Document type: Sale
Year: 1274
Scribe: [Unknown]
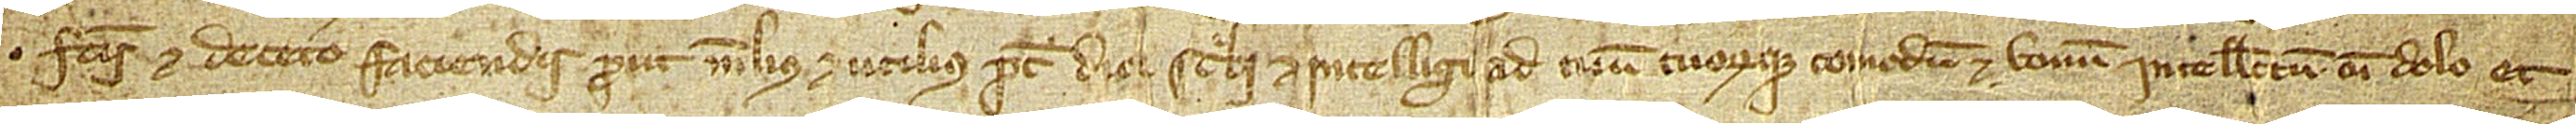
factis et decetero faciendis, prout melius et utilius potest dici, scribi et intelligi ad tuum tuorumque comodum et bonum intellectum, cum dolo et